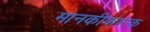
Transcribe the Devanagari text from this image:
मानकीकारक